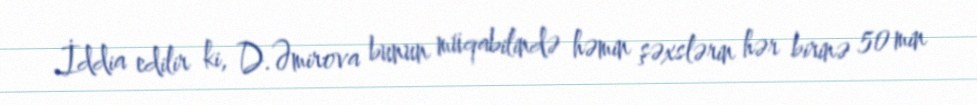
İddia edilir ki, D.Əmirova bunun müqabilində həmin şəxslərin hər birinə 50 min